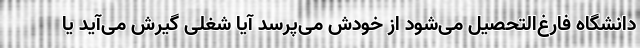
دانشگاه فارغ‌التحصیل می‌شود از خودش می‌پرسد آیا شغلی گیرش می‌آید یا